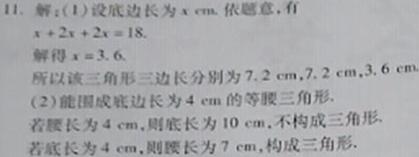
11. 解：(1)设底边长为\(x\mathrm{cm}\)。依题意，有
\(x + 2x + 2x = 18\)。
解得\(x = 3.6\)。
所以该三角形三边长分别为\(7.2\mathrm{cm}\)，\(7.2\mathrm{cm}\)，\(3.6\mathrm{cm}\)。
(2)能围成底边长为\(4\mathrm{cm}\)的等腰三角形。
若底长为\(4\mathrm{cm}\)，则腰长为\(7\mathrm{cm}\)，构成三角形。
若腰长为\(4\mathrm{cm}\)，则底长为\(10\mathrm{cm}\)，不构成三角形。